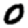
Digit: 0